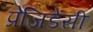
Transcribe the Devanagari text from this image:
प्रेजिडेंसी